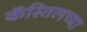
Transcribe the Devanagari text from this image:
कॅस्तिलच्या